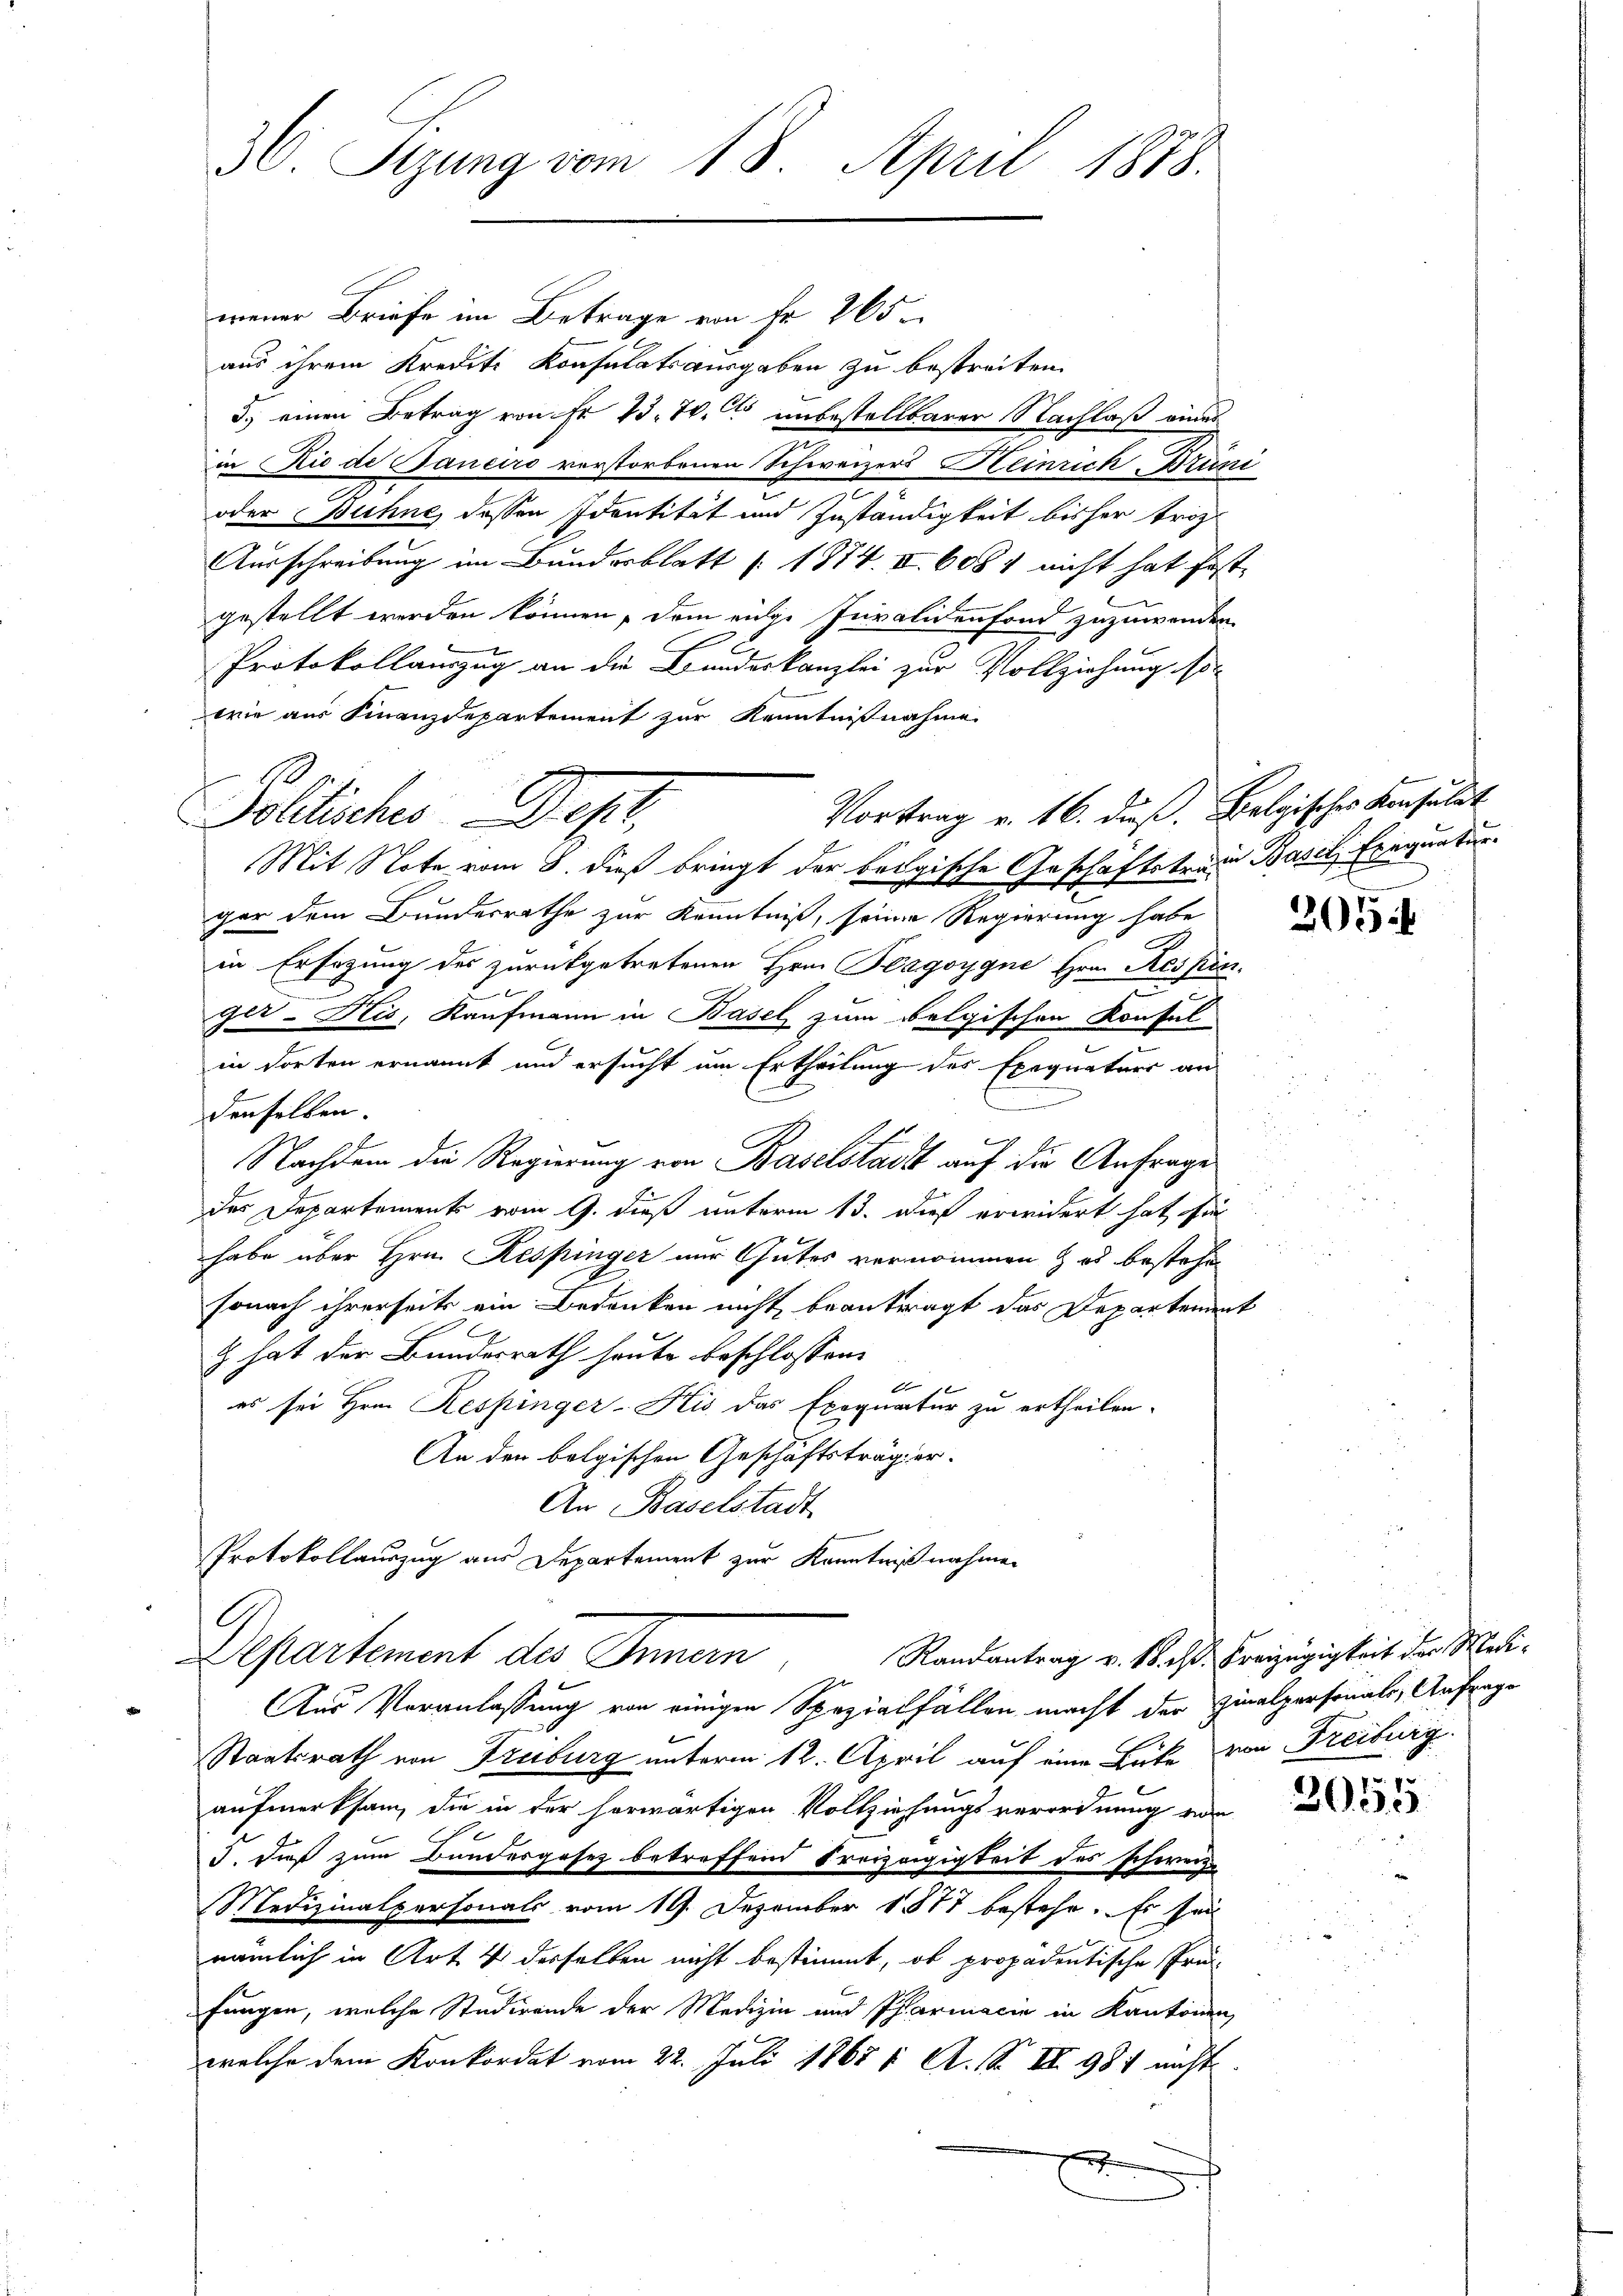
30. Stzung vom 18. April 1878.

Polliches Depr

wener Briefe im Betrage von Fr. 265.
aus ihrem Krediti Konsulatsausgaben zu bestreiten.
3.) einen Betrag von Fr. 13. 70. Cts unbestellbarer Nachlaß einer
in Rio de Janeiro verstorbenen Schweizers Heinrich-Brüni
oder Bühne dessen Identität und Zuständigkeit bisher triz
Ausschreibung im Bundesblatt (1874. II 6081 nicht hat fest-
gestellt werden können, dem eige Invalidenfond zuzuwenden.
Protokollauszug an die Bundeskanzlei zur Vollziehung sowie aus Finanzdepartement zur Kenntnißnahme
Vortrag v. 16. dieß. Belgisches Konsulat
Mit Note vom 8. dieß bringt der belgische Geschäftstraue Basel Exequatur
ger dem Bundesrathe zur Kenntniß, seine Regierung habe
in Ersezung des zurückgetretenen Hrn. Klagoygne Hrn. Respin
ger-Kis, Kaufmann in Basel zum Belgischen Konsul
in dorten ernannt und ersucht um Ertheilung des Exequaturs an
n
denselben.
Nachdem die Regierung von Baselstacht auf die Anfrage
das Departement vom 9. dieß unterm 13. dieß erwidert hat, sie
habe über Hrn. Respinger nur Gutes vernommen & es bestehe
sonach ihrerseits ein Bedenken nicht beantragt das Departement
c hat der Bundesrath heute beschlossen:
7
es sei Hrn. Respinger-Kis das Exequatur zu ertheilen.
An der bolgischen Geschäftsträge er¬
An Baselstadt
Protokollauszug aus Departement zur Kenntnißnahmen
G
Randantrag v. M. ist. Freizügigkeit der Medi¬
Departement des Innern
Aus Veranlassung von einigen Spezialfällen macht der Hinalpersonals, Anfrage
Staatsrath von Truburg unterm 12. April auf eine Büte von Freiburg.
aufmerksam, die in der herwärtigen Vollziehungsverordnung von
J. dieß zum Bundesgesetz betreffend Freizügigkeit des schwei
Medizinalpersonals vom 19. Dezember 1877 bestehe. Es sei
nämlich in Art. 4 desselben nicht bestimmt, ob propadentische Prü-
fungen, welche Studirende der Medizin und Pfarmacie in Kantonen
welche dem Konkordat vom 22. Juli 18681. A. S. II 981 nicht

205

2055